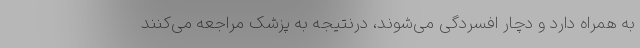
به همراه دارد و دچار افسردگی می‌شوند، درنتیجه به پزشک مراجعه می‌کنند